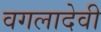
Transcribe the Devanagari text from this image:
वगलादेवी